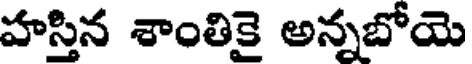
హస్తిన శాంతికై అన్నబోయె